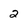
Character: 2